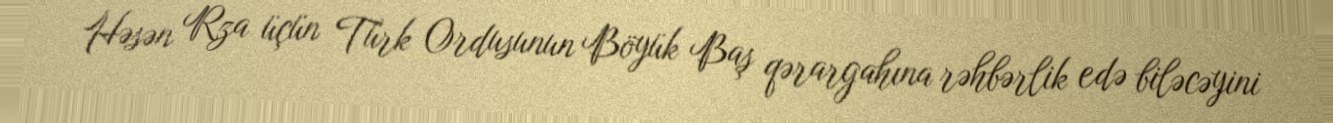
Həsən Rza üçün Türk Ordusunun Böyük Baş qərargahına rəhbərlik edə biləcəyini